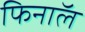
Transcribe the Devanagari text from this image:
फिनाॅल